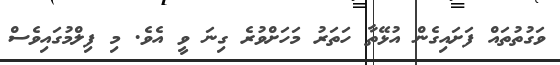
ވަގުތުތައް ފަށައިގެން އުޅޭތާ ހަތަރު މަހަށްވުރެ ގިނަ ވީ އެވެ. މި ފިލްމުގައިވެސް